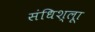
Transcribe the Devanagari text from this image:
संधिश्लूा